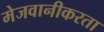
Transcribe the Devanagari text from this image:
मेजवानीकरता